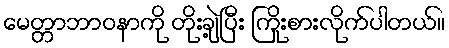
မေတ္တာဘာဝနာကို တိုးချဲ့ပြီး ကြိုးစားလိုက်ပါတယ်။